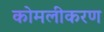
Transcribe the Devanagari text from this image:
कोमलीकरण